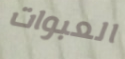
العبوات